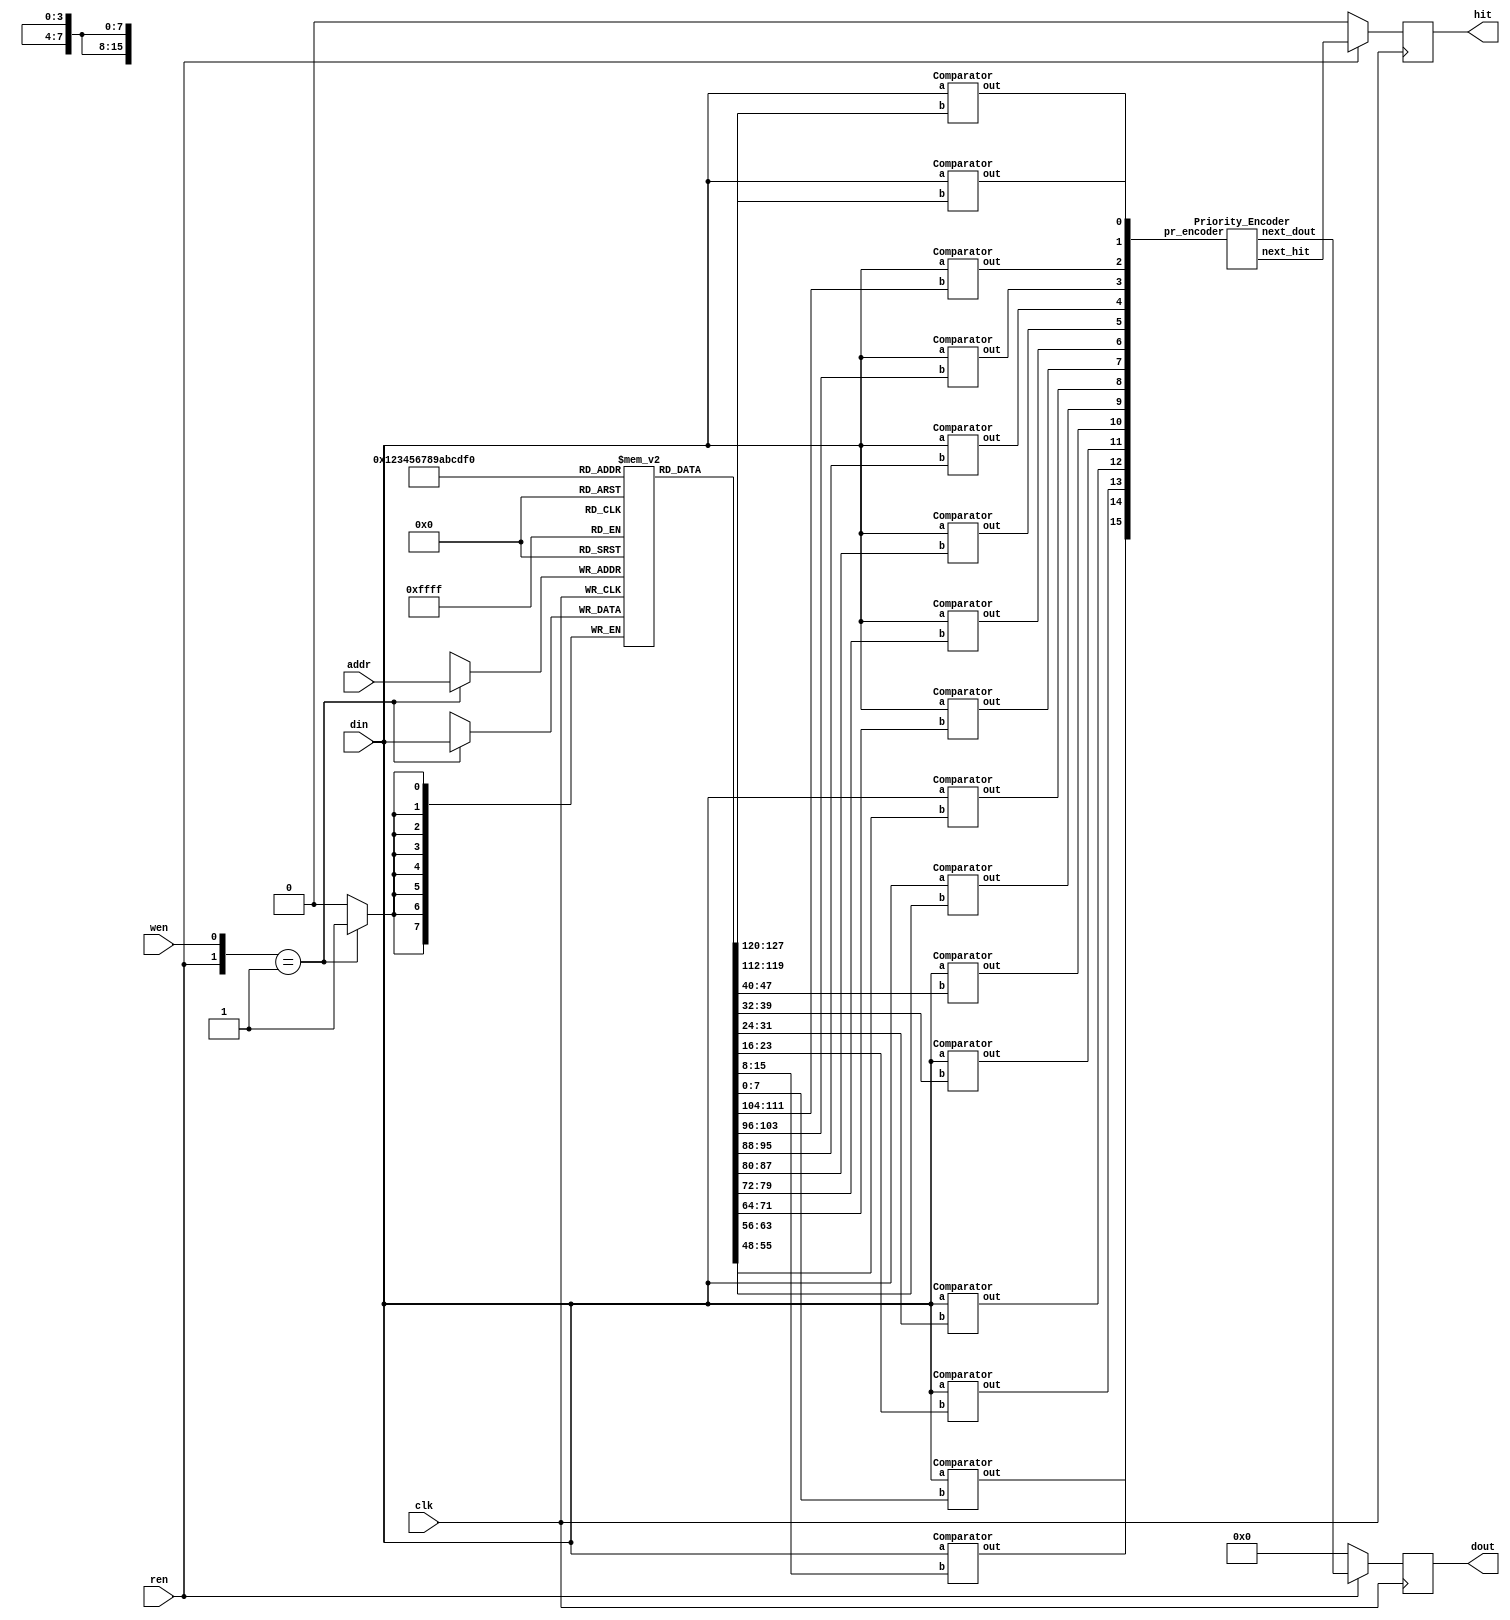
`timescale 1ns/1ps

module Content_Addressable_Memory(clk, wen, ren, din, addr, dout, hit);
input clk;
input wen, ren;
input [7:0] din;
input [3:0] addr;
output [3:0] dout;
output hit;

reg [3:0] dout;
reg hit;
wire [3:0] next_dout, tmp_dout;
wire next_hit, tmp_hit;
reg [7:0]CAM[15:0];
wire [15:0] pr_encoder;

always@(posedge clk)begin
    dout <= next_dout;
    hit <= next_hit;
    if({ren,wen}==2'b01)CAM[addr] = din;
end
Comparator c0(din, CAM[0], pr_encoder[0]);
Comparator c1(din, CAM[1], pr_encoder[1]);
Comparator c2(din, CAM[2], pr_encoder[2]);
Comparator c3(din, CAM[3], pr_encoder[3]);
Comparator c4(din, CAM[4], pr_encoder[4]);
Comparator c5(din, CAM[5], pr_encoder[5]);
Comparator c6(din, CAM[6], pr_encoder[6]);
Comparator c7(din, CAM[7], pr_encoder[7]);
Comparator c8(din, CAM[8], pr_encoder[8]);
Comparator c9(din, CAM[9], pr_encoder[9]);
Comparator c10(din, CAM[10], pr_encoder[10]);
Comparator c11(din, CAM[11], pr_encoder[11]);
Comparator c12(din, CAM[12], pr_encoder[12]);
Comparator c13(din, CAM[13], pr_encoder[13]);
Comparator c14(din, CAM[14], pr_encoder[14]);
Comparator c15(din, CAM[15], pr_encoder[15]);
Priority_Encoder pe(pr_encoder, tmp_dout, tmp_hit);
assign next_dout = (ren==1'b1) ? tmp_dout : 4'b0000;
assign next_hit = (ren==1'b1) ? tmp_hit : 1'b0;

endmodule

module Comparator(a, b, out);
input [7:0] a, b;
output out;
assign out = (a == b) ? 1'b1 : 1'b0;
endmodule

module Priority_Encoder(pr_encoder, next_dout, next_hit);
input [15:0] pr_encoder;
output [3:0] next_dout;
output next_hit;
reg [3:0] next_dout;
reg next_hit;
always@(*)begin
    casex(pr_encoder)    
        16'b1xxxxxxxxxxxxxxx:begin
            next_dout = 4'b1111;
            next_hit = 1'b1;
        end
        16'b01xxxxxxxxxxxxxx:begin
            next_dout = 4'b1110;
            next_hit = 1'b1;
        end
        16'b001xxxxxxxxxxxxx:begin
            next_dout = 4'b1101;
            next_hit = 1'b1;
        end
        16'b0001xxxxxxxxxxxx:begin
            next_dout = 4'b1100;
            next_hit = 1'b1;
        end
        16'b00001xxxxxxxxxxx:begin
            next_dout = 4'b1011;
            next_hit = 1'b1;
        end
        16'b000001xxxxxxxxxx:begin
            next_dout = 4'b1010;
            next_hit = 1'b1;
        end
        16'b0000001xxxxxxxxx:begin
            next_dout = 4'b1001;
            next_hit = 1'b1;
        end
        16'b00000001xxxxxxxx:begin
            next_dout = 4'b1000;
            next_hit = 1'b1;
        end
        16'b000000001xxxxxxx:begin
            next_dout = 4'b0111;
            next_hit = 1'b1;
        end
        16'b0000000001xxxxxx:begin
            next_dout = 4'b0110;
            next_hit = 1'b1;
        end
        16'b00000000001xxxxx:begin
            next_dout = 4'b0101;
            next_hit = 1'b1;
        end
        16'b000000000001xxxx:begin
            next_dout = 4'b0100;
            next_hit = 1'b1;
        end
        16'b0000000000001xxx:begin
            next_dout = 4'b0011;
            next_hit = 1'b1;
        end
        16'b00000000000001xx:begin
            next_dout = 4'b0010;
            next_hit = 1'b1;
        end
        16'b000000000000001x:begin
            next_dout = 4'b0001;
            next_hit = 1'b1;
        end
        16'b0000000000000001:begin
            next_dout = 4'b0000;
            next_hit = 1'b1;
        end
        16'b0000000000000000:begin
            next_hit = 1'b0;
            next_dout = 4'd0;
        end
    endcase
end
endmodule